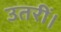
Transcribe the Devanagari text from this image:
उतरीं।